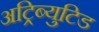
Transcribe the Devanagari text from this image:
अट्रिब्युटिड